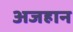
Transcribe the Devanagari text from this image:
अजहान